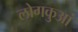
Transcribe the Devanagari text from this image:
लोगकुआं